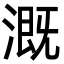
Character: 溉